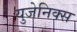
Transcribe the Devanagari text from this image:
युजेनिक्स